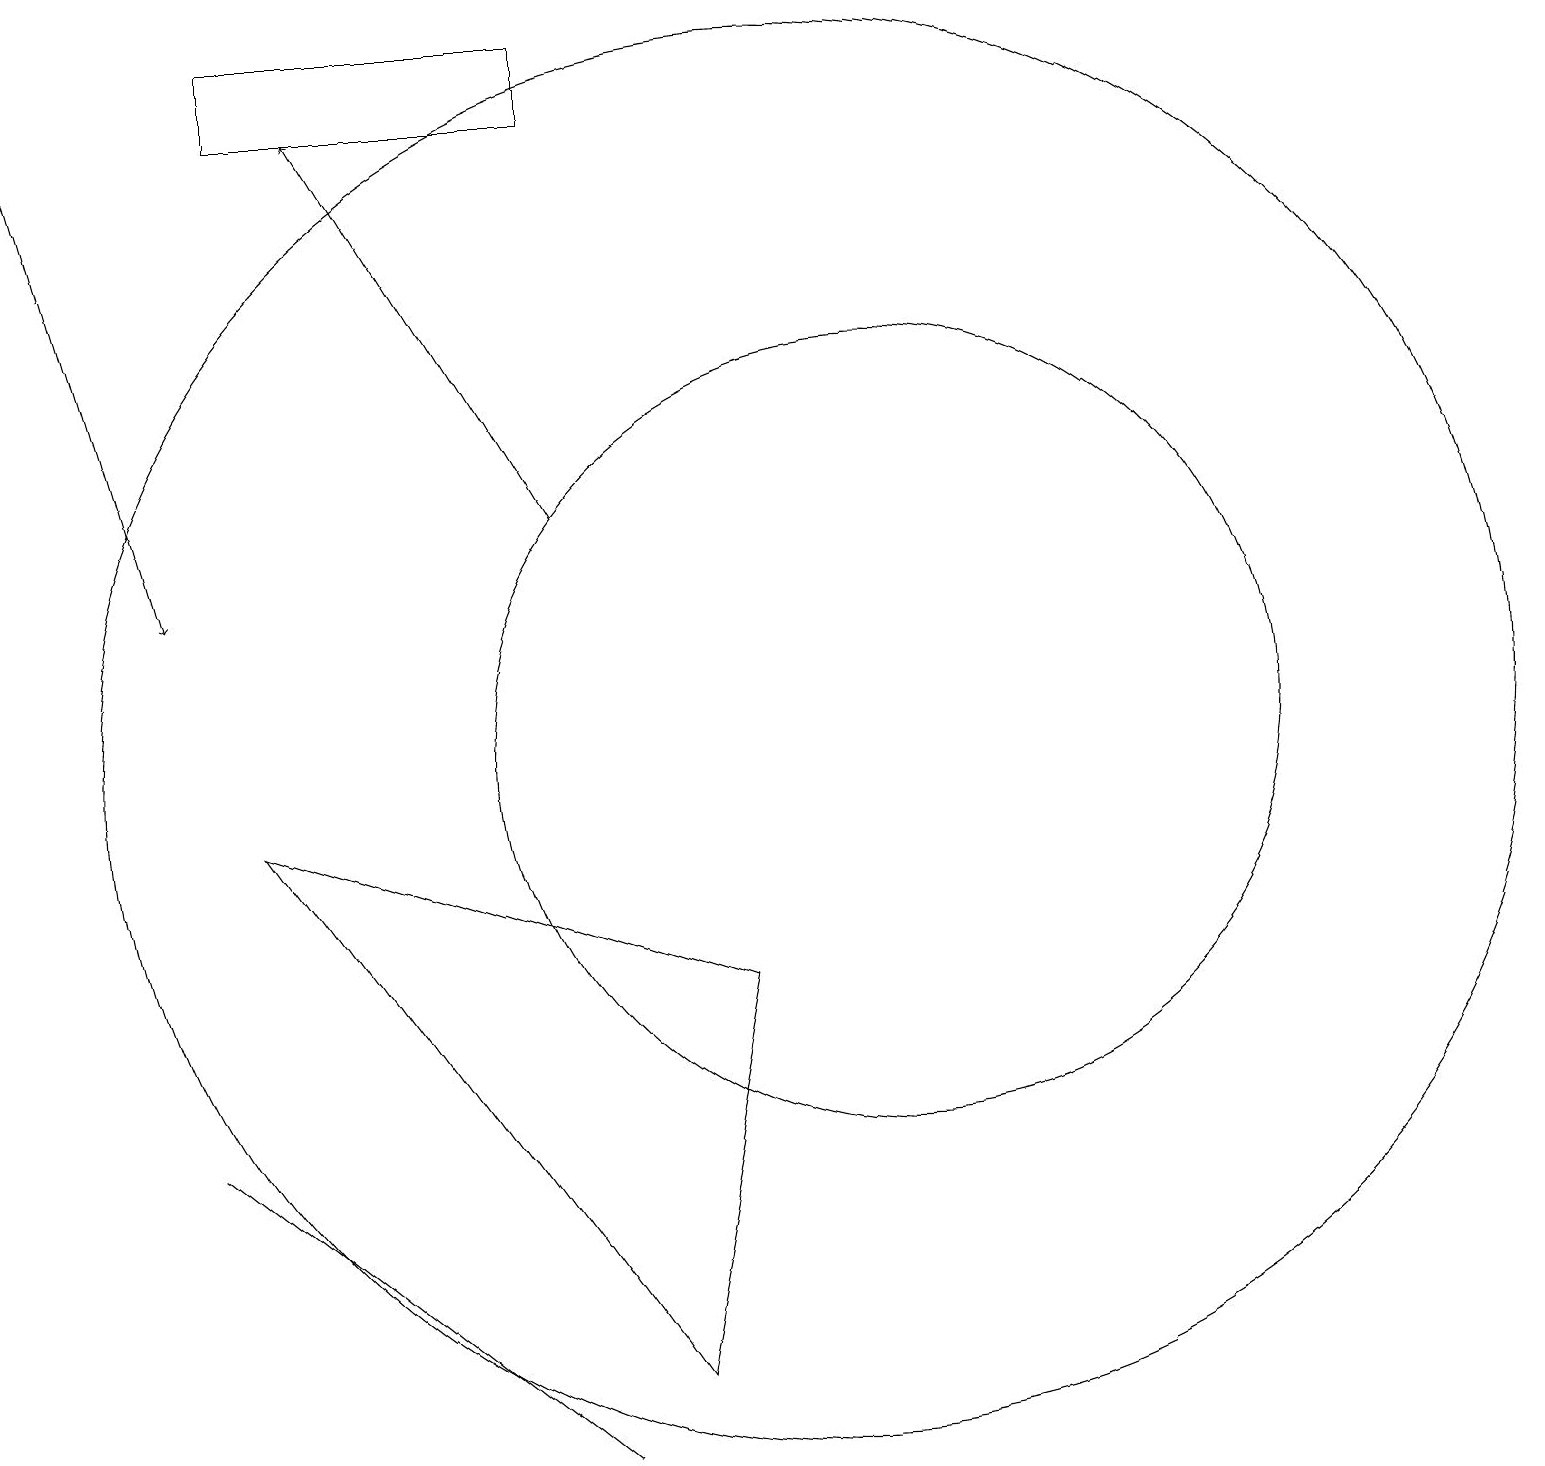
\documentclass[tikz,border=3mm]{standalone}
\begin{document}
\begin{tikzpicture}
\draw (3,19) rectangle (7,18);
\draw (11,10) circle (5);
\draw[->] (7,13) -- (4,18);
\draw (2,5) -- (7,1) -- (2,5) -- cycle;
\draw[->] (0,19) -- (2,12);
\draw (10,10) circle (9);
\draw (3,9) -- (8,2) -- (9,7) -- cycle;
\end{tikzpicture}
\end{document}